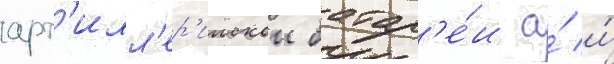
арт'илл'ер'иискои батар'е́и а́ и́